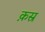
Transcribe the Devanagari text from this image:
क़स्र